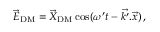
\vec { E } _ { \mathrm { D M } } = \vec { X } _ { \mathrm { D M } } \cos ( \omega ^ { \prime } t - \vec { k ^ { \prime } } . \vec { x } ) \, ,